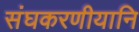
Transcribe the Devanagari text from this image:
संघकरणीयानि